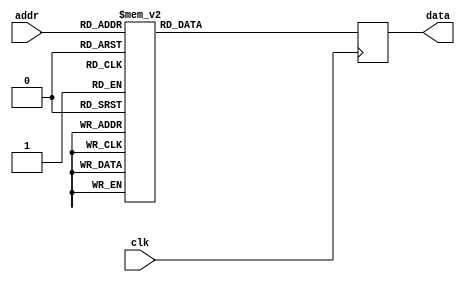
module rom_firbank_48_96(
    input wire clk,
    input wire [4:0] addr,
    output wire [23:0] data);
reg [23:0] data_ff;
assign data = data_ff;
always @(posedge clk) begin
    case(addr)
        0: data_ff <= 24'h164B2D; // 1461037
        1: data_ff <= 24'hF5BAE8; // -673048
        2: data_ff <= 24'h0633AB; // 406443
        3: data_ff <= 24'hFC29F9; // -251399
        4: data_ff <= 24'h0242A4; // 148132
        5: data_ff <= 24'hFEC9C7; // -79417
        6: data_ff <= 24'h008EDD; // 36573
        7: data_ff <= 24'hFFCE7B; // -12677
        8: data_ff <= 24'h0005BB; // 1467
        9: data_ff <= 24'h00091C; // 2332
        10: data_ff <= 24'hFFF5DC; // -2596
        11: data_ff <= 24'h0006AF; // 1711
        12: data_ff <= 24'hFFFCC4; // -828
        13: data_ff <= 24'h000124; // 292
        14: data_ff <= 24'hFFFFC3; // -61
        15: data_ff <= 24'h000004; // 4
        16: data_ff <= 24'h35A6A3; // 3516067
        17: data_ff <= 24'hF90C13; // -455661
        18: data_ff <= 24'h01922A; // 102954
        19: data_ff <= 24'h005211; // 21009
        20: data_ff <= 24'hFEFDCB; // -66101
        21: data_ff <= 24'h011F4C; // 73548
        22: data_ff <= 24'hFF0A15; // -62955
        23: data_ff <= 24'h00B389; // 45961
        24: data_ff <= 24'hFF8D35; // -29387
        25: data_ff <= 24'h00406C; // 16492
        26: data_ff <= 24'hFFE0A7; // -8025
        27: data_ff <= 24'h000CDE; // 3294
        28: data_ff <= 24'hFFFBC5; // -1083
        29: data_ff <= 24'h0000FE; // 254
        30: data_ff <= 24'hFFFFE3; // -29
        31: data_ff <= 24'hFFFFFF; // -1

        default: data_ff <= 0;
    endcase
end
endmodule